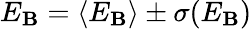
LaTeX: E_{\mathbf{B}}=\left<E_{\mathbf{B}}\right>\pm\sigma(E_{\mathbf{B}})